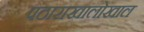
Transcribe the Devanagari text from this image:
पठाराखालोखाल